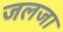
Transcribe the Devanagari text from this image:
जलजा